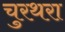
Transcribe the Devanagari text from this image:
चुरथरा